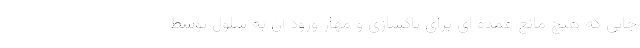
جایی که هیچ مانع عمده ای برای پاکسازی و مهار ورود آن به سلول توسط